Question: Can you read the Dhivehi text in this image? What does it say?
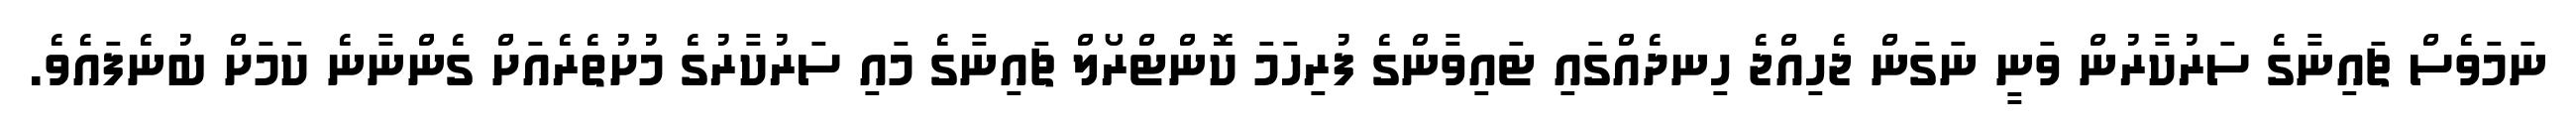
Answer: ނަމަވެސް ޗައިނާގެ ސަރުކާރުން ވަނީ ނަގަން ޖެހިއްޖެ ހިނދެއްގައި ޓައިވާންގެ ފުރިހަމަ ކޮންޓްރޯލް ޗައިނާގެ މައި ސަރުކާރުގެ މުށުތެރެއަށް ގެންނާނެ ކަމަށް ބުނެފައެވެ.